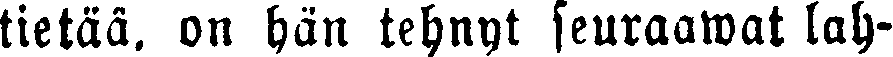
tietää, on hän tehnyt seuraawat lah-